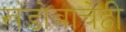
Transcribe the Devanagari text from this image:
खंडोबाचेही